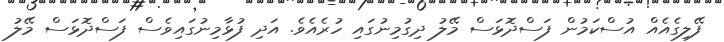
ފޭލިގެއެއް އުސްކަމުން ފަސްދޮޅަސް މޭލު ދިގުމިނުގައި ހުރެއެވެ. އަދި ފުޅާމިނުގައިވެސް ފަސްދޮޅަސް މޭލު